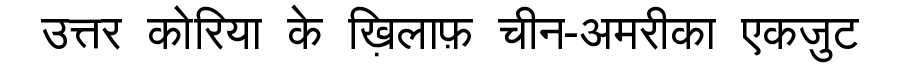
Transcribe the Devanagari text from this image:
उत्तर कोरिया के ख़िलाफ़ चीन-अमरीका एकजुट